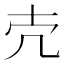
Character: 𪞱